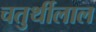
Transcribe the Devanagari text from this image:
चतुर्थीलाल